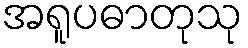
အရူပဓာတုသု